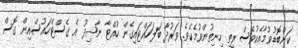
ކަންބޮޑުވުމާއެކުވެސް ރީތި ހިނިތުންވުމެކެވެ. ވަރުދާ ބަލަހައްޓައިގެން ހުއްޓާ ނާޝިދު އެ ގެސްޓްހައުސްއިން ގޮސް